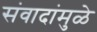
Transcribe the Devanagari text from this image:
संवादांमुळे